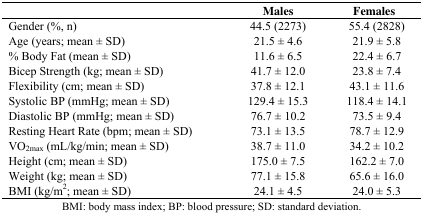
<table><thead><tr><td></td><td><b>Males</b></td><td><b>Females</b></td></tr></thead><tbody><tr><td>Gender (%, n)</td><td>44.5 (2273)</td><td>55.4 (2828)</td></tr><tr><td>Age (years; mean ± SD)</td><td>21.5 ± 4.6</td><td>21.9 ± 5.8</td></tr><tr><td>% Body Fat (mean ± SD)</td><td>11.6 ± 6.5</td><td>22.4 ± 6.7</td></tr><tr><td>Bicep Strength (kg; mean ± SD)</td><td>41.7 ± 12.0</td><td>23.8 ± 7.4</td></tr><tr><td>Flexibility (cm; mean ± SD)</td><td>37.8 ± 12.1</td><td>43.1 ± 11.6</td></tr><tr><td>Systolic BP (mmHg; mean ± SD)</td><td>129.4 ± 15.3</td><td>118.4 ± 14.1</td></tr><tr><td>Diastolic BP (mmHg; mean ± SD)</td><td>76.7 ± 10.2</td><td>73.5 ± 9.4</td></tr><tr><td>Resting Heart Rate (bpm; mean ± SD)</td><td>73.1 ± 13.5</td><td>78.7 ± 12.9</td></tr><tr><td>VO<sub>2max</sub> (mL/kg/min; mean ± SD)</td><td>38.7 ± 11.0</td><td>34.2 ± 10.2</td></tr><tr><td>Height (cm; mean ± SD)</td><td>175.0 ± 7.5</td><td>162.2 ± 7.0</td></tr><tr><td>Weight (kg; mean ± SD)</td><td>77.1 ± 15.8</td><td>65.6 ± 16.0</td></tr><tr><td>BMI (kg/m<sup>2</sup>; mean ± SD)</td><td>24.1 ± 4.5</td><td>24.0 ± 5.3</td></tr></tbody></table>